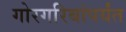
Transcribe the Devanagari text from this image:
गोरगरिबांपर्यंत